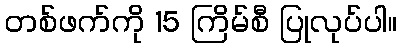
တစ်ဖက်ကို 15 ကြိမ်စီ ပြုလုပ်ပါ။